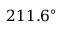
2 1 1 . 6 ^ { \circ }